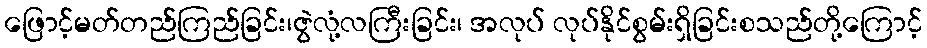
ဖြောင့်မတ်တည်ကြည်ခြင်း၊ဇွဲလုံ့လကြီးခြင်း၊ အလုပ် လုပ်နိုင်စွမ်းရှိခြင်းစသည်တို့ကြောင့်